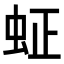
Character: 𬟿